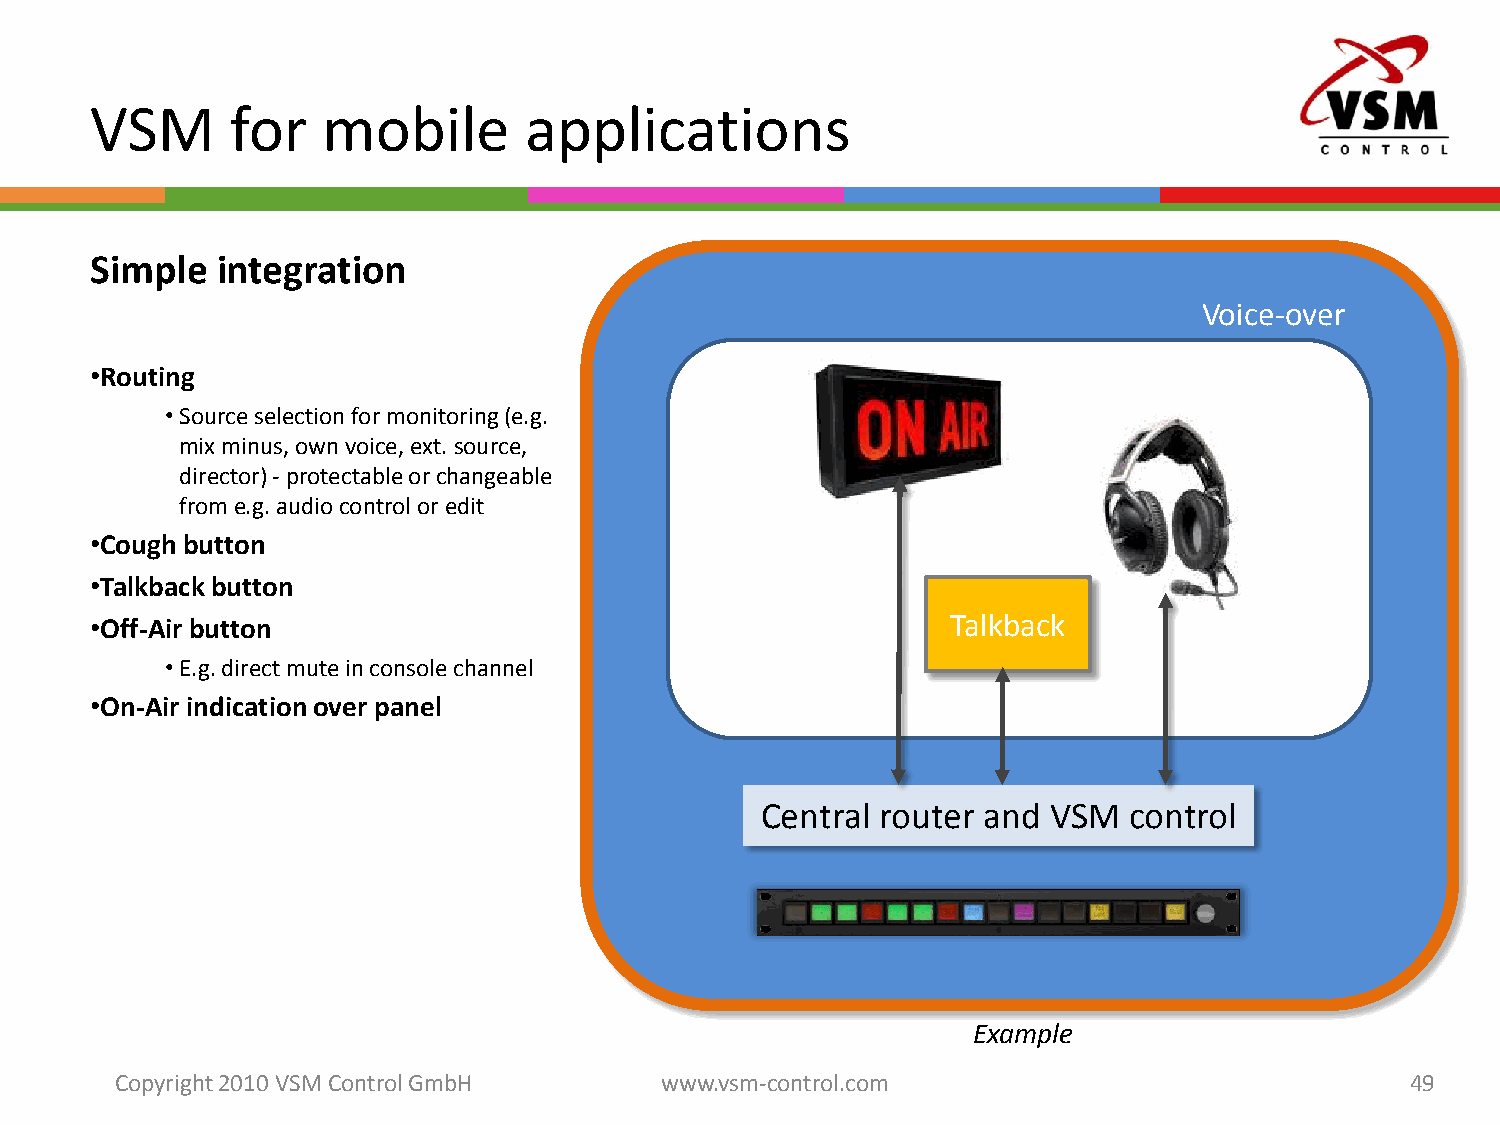
VSM      for   mobile        applications
 Simple  integration
 Voice-over
 •Routing
 •Source selectionformonitoring(e.g.
 mix minus, ownvoice, ext. source,
 director) -protectableorchangeable
 frome.g. audiocontroloredit
 •Coughbutton
 •Talkbackbutton
 •Off-Air button                                          Talkback
 •E.g. directmute in consolechannel
 •On-Air indicationover panel
 Central router and VSM   control
 Example
 Copyright 2010 VSM ControlGmbH      www.vsm-control.com                              49